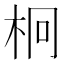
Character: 𣐒